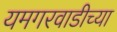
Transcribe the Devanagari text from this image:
यमगरवाडीच्या